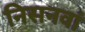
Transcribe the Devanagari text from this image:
निसनवां